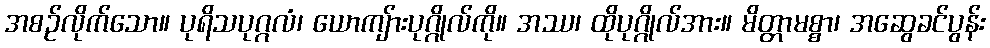
အစဉ်လိုက်သော။ ပုရိသပုဂ္ဂလံ၊ ယောကျ်ားပုဂ္ဂိုလ်ကို။ အဿ၊ ထိုပုဂ္ဂိုလ်အား။ မိတ္တာမစ္စာ၊ အဆွေခင်ပွန်း